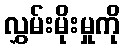
လွှမ်းမိုးမှုကို